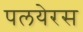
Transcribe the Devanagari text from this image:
पलयेरस